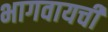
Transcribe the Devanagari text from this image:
भागवायची